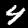
Label: 4